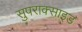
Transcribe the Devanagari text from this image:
सुपराक्साइड